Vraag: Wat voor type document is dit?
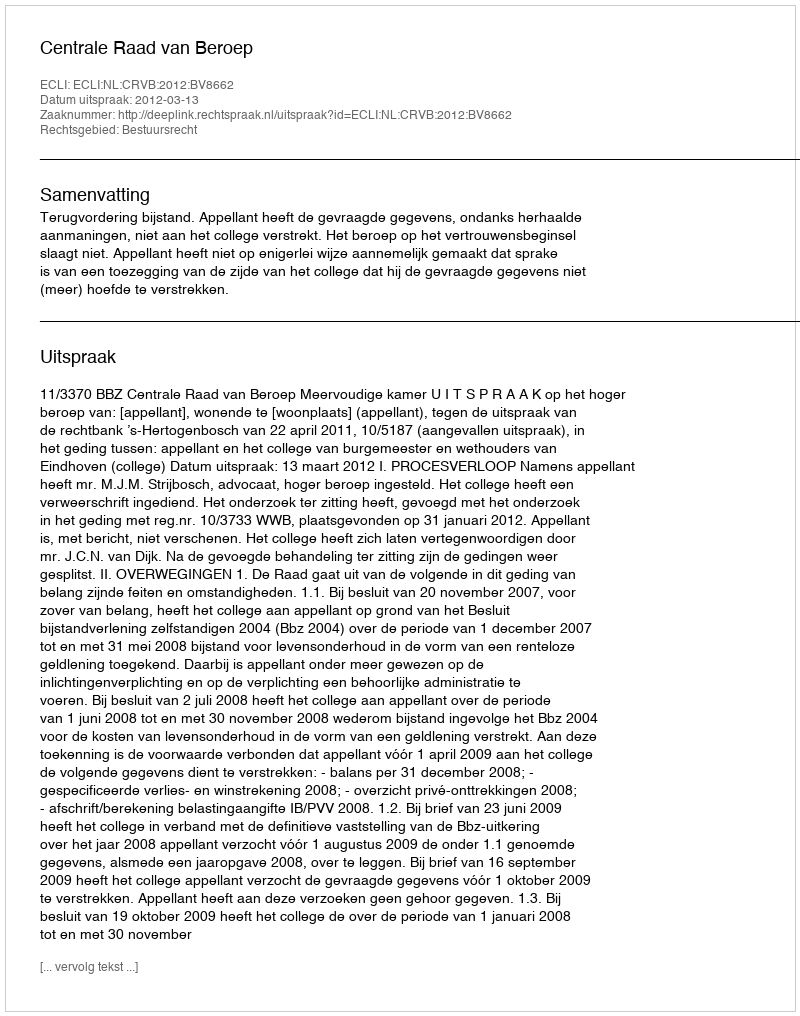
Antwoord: Uitspraak